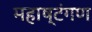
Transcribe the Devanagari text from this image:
महाष्टंगण